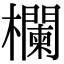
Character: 欄